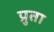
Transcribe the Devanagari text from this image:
प्रुता